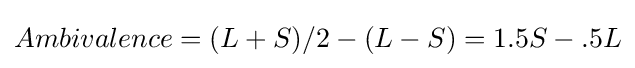
Ambivalence=(L+S)/2-(L-S)=1.5S-.5L